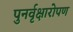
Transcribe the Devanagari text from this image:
पुनर्वृक्षारोपण